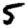
Digit: 5